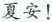
夏安！